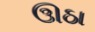
ઊઠા